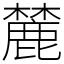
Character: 麓